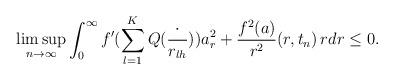
LaTeX: \begin{align*}\limsup_{n\to\infty}\int_0^{\infty}f'(\sum_{l=1}^KQ(\frac{\cdot}{r_{lh}}))a_r^2+\frac{f^2(a)}{r^2}(r,t_n)\,rdr\leq 0.\end{align*}